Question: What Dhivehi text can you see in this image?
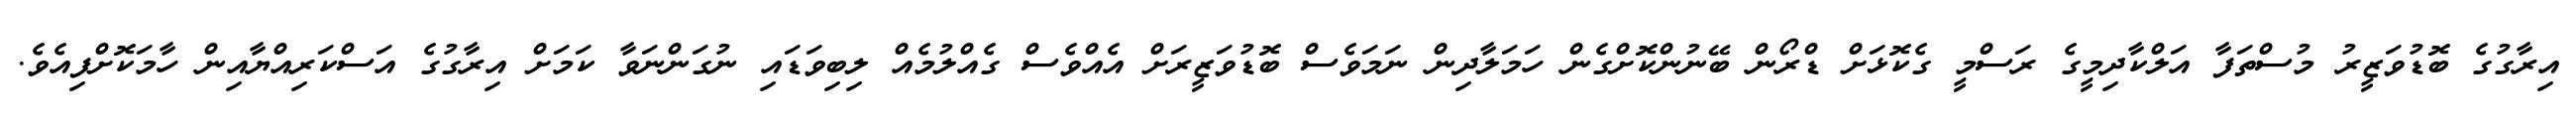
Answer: އިރާގުގެ ބޮޑުވަޒީރު މުސްތަފާ އަލްކާދިމީގެ ރަސްމީ ގެކޮޅަށް ޑްރޯން ބޭނުންކޮށްގެން ހަމަލާދިން ނަމަވެސް ބޮޑުވަޒީރަށް އެއްވެސް ގެއްލުމެއް ލިބިވަޑައި ނުގަންނަވާ ކަމަށް އިރާގުގެ އަސްކަރިއްޔާއިން ހާމަކޮށްފިއެވެ.